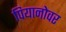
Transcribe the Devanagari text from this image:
पियानोवर